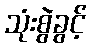
သုံးစွဲခွင့်